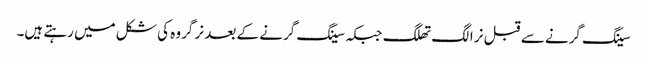
سینگ گرنے سے قبل نر الگ تھلگ جبکہ سینگ گرنے کے بعد نر گروہ کی شکل میں رہتے ہیں۔